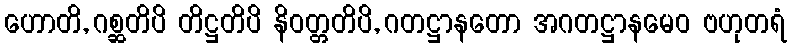
ဟောတိ, ဂစ္ဆတိပိ တိဋ္ဌတိပိ နိဝတ္တတိပိ, ဂတဋ္ဌာနတော အဂတဋ္ဌာနမေဝ ဗဟုတရံ